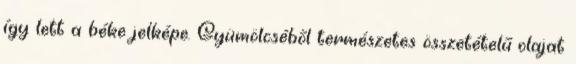
így lett a béke jelképe. Gyümölcséből természetes összetételű olajat